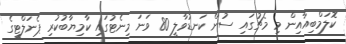
ކޮލަމްބިއާއިން މި މެޗުގައި ސުން ކަނޑުވާލީ 80 ވަނަ މިނެޓުގައި ކާމިޔާބުކުރި ޕެނަލްޓީގެ